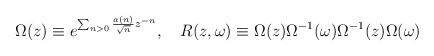
\begin{align*}\Omega(z) \equiv e^{\sum_{n>0} \frac {a(n)}{\sqrt{n}} z^{-n}},\quad R(z,\omega) \equiv \Omega(z)\Omega^{-1}(\omega)\Omega^{-1}(z)\Omega(\omega)\end{align*}